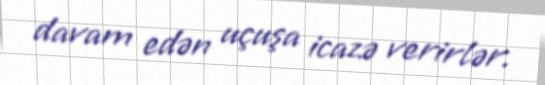
davam edən uçuşa icazə verirlər.